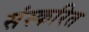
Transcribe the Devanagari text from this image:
संस्करित